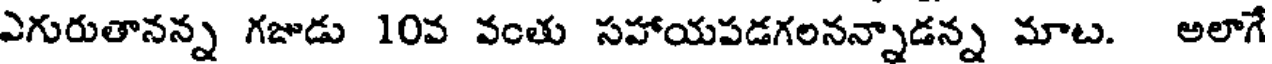
ఎగురుతానన్న గజుడు 10వ వంతు సహాయపడగలనన్నాడన్న మాట. అలాగే